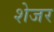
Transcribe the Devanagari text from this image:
शेजर